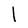
Character: l